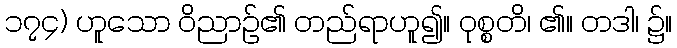
၁၇၄) ဟူသော ဝိညာဉ်၏ တည်ရာဟူ၍။ ဝုစ္စတိ၊ ၏။ တဒါ၊ ၌။